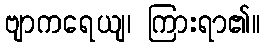
ဗျာကရေယျ၊ ကြားရာ၏။